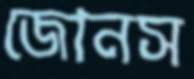
জোনস